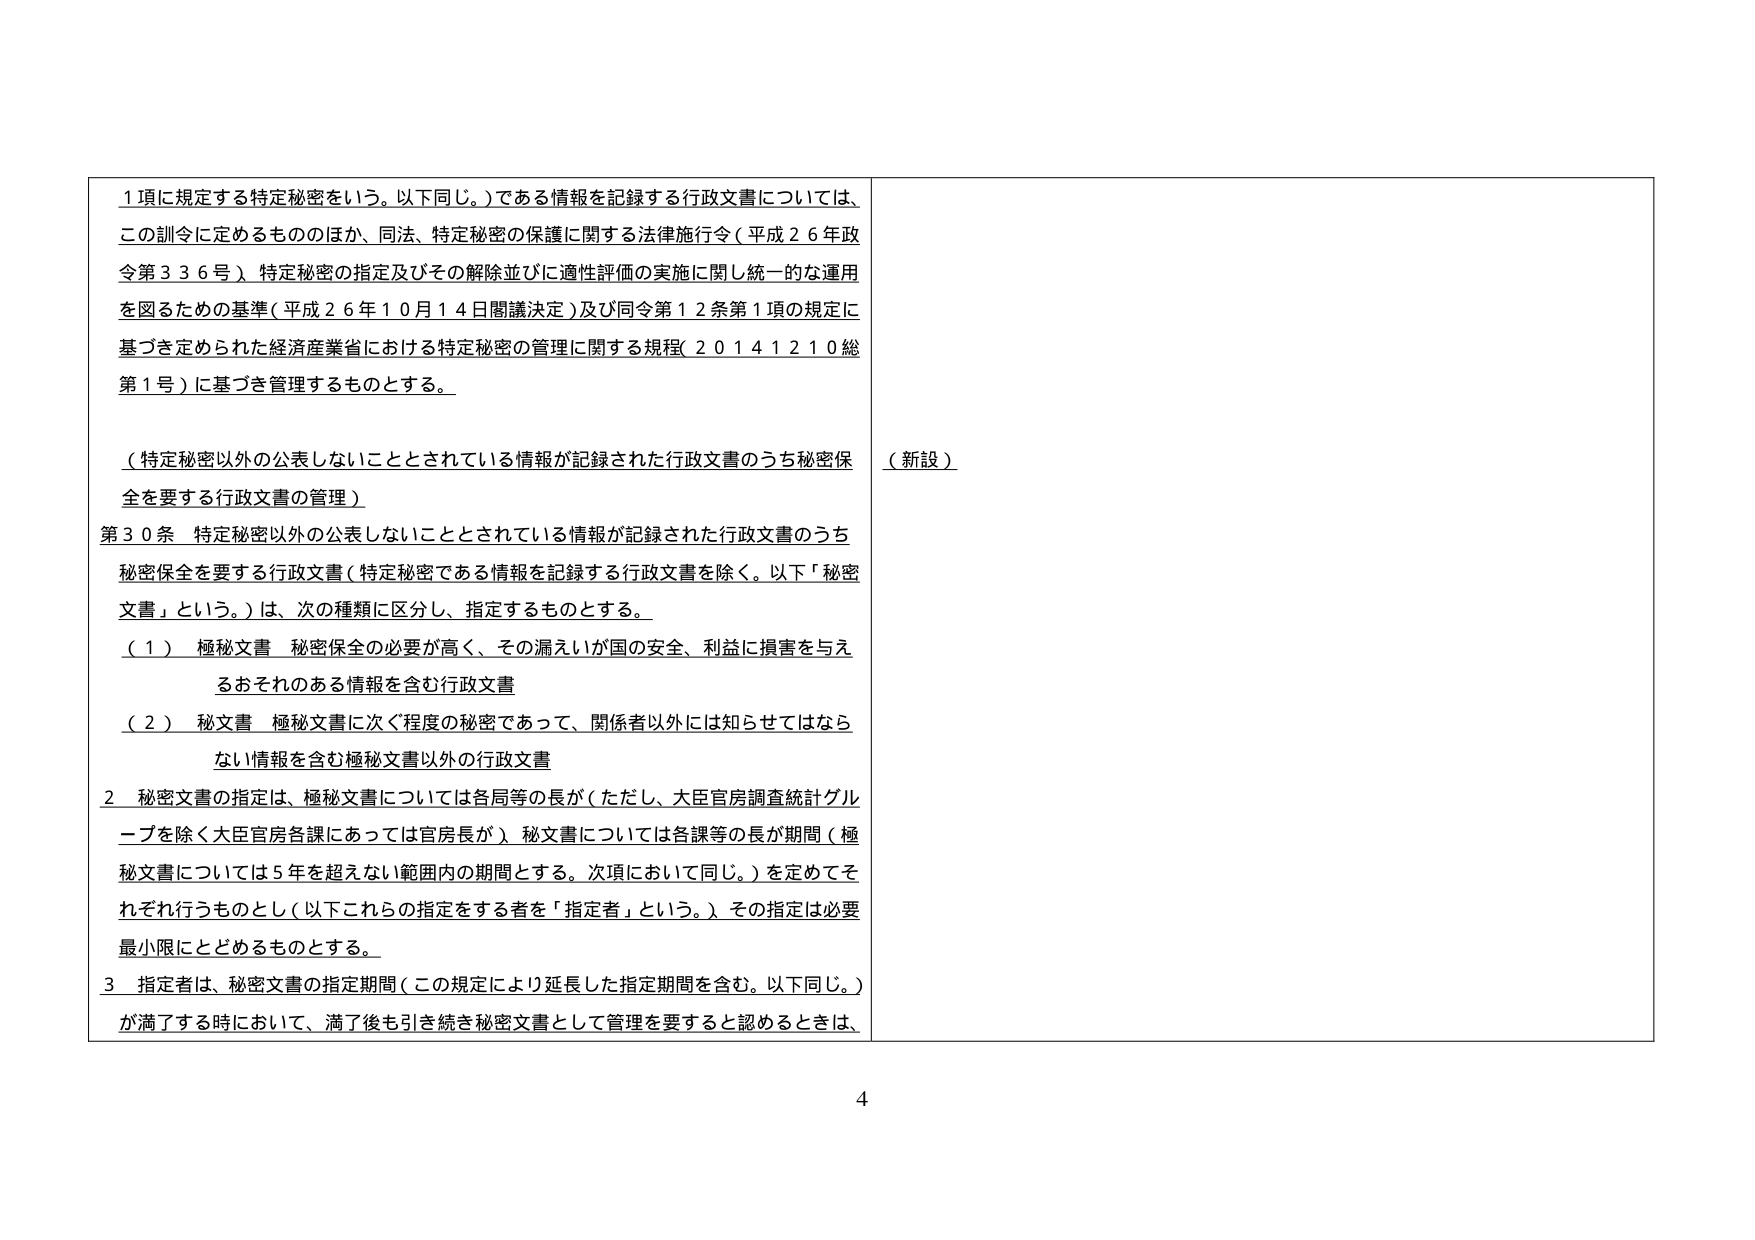
1項に規定する特定秘密をいう。以下同じ。）である情報を記録する行政文書については、
この訓令に定めるもののほか、同法、特定秘密の保護に関する法律施行令（平成２６年政
令第３３６号）、特定秘密の指定及びその解除並びに適性評価の実施に関し統一的な運用
を図るための基準（平成２６年１０月１４日閣議決定）及び同令第１２条第１項の規定に
基づき定められた経済産業省における特定秘密の管理に関する規程（２０１４１２１０総
第１号）に基づき管理するものとする。

（特定秘密以外の公表しないこととされている情報が記録された行政文書のうち秘密保
全を要する行政文書の管理）
第３０条 特定秘密以外の公表しないこととされている情報が記録された行政文書のうち
秘密保全を要する行政文書（特定秘密である情報を記録する行政文書を除く。以下「秘密
文書」という。）は、次の種類に区分し、指定するものとする。
（１） 極秘文書 秘密保全の必要が高く、その漏えいが国の安全、利益に損害を与え
るおそれのある情報を含む行政文書
（２） 秘文書 極秘文書に次ぐ程度の秘密であって、関係者以外には知らせてはなら
ない情報を含む極秘文書以外の行政文書
２ 秘密文書の指定は、極秘文書については各局等の長が（ただし、大臣官房調査統計グル
ープを除く大臣官房各課にあっては官房長が）、秘文書については各課等の長が期間（極
秘文書については５年を超えない範囲内の期間とする。次項において同じ。）を定めてそ
れぞれ行うものとし（以下これらの指定をする者を「指定者」という。）、その指定は必要
最小限にとどめるものとする。
３ 指定者は、秘密文書の指定期間（この規定により延長した指定期間を含む。以下同じ。）
が満了する時において、満了後も引き続き秘密文書として管理を要すると認めるときは、

（新設）

4